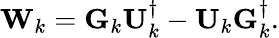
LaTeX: \mathbf{W}_{k}=\mathbf{G}_{k}\mathbf{U}_{k}^{\dagger}-\mathbf{U}_{k}\mathbf{G}_{k}^{\dagger}.